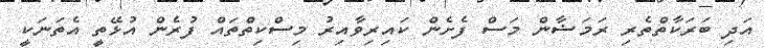
އަދި ބަރަކާތްތެރި ރަމަޟާން މަސް ފެށެން ކައިރިވާއިރު މިސްކިތްތައް ފުރެން އުޅޭތީ އެތަނަކީ